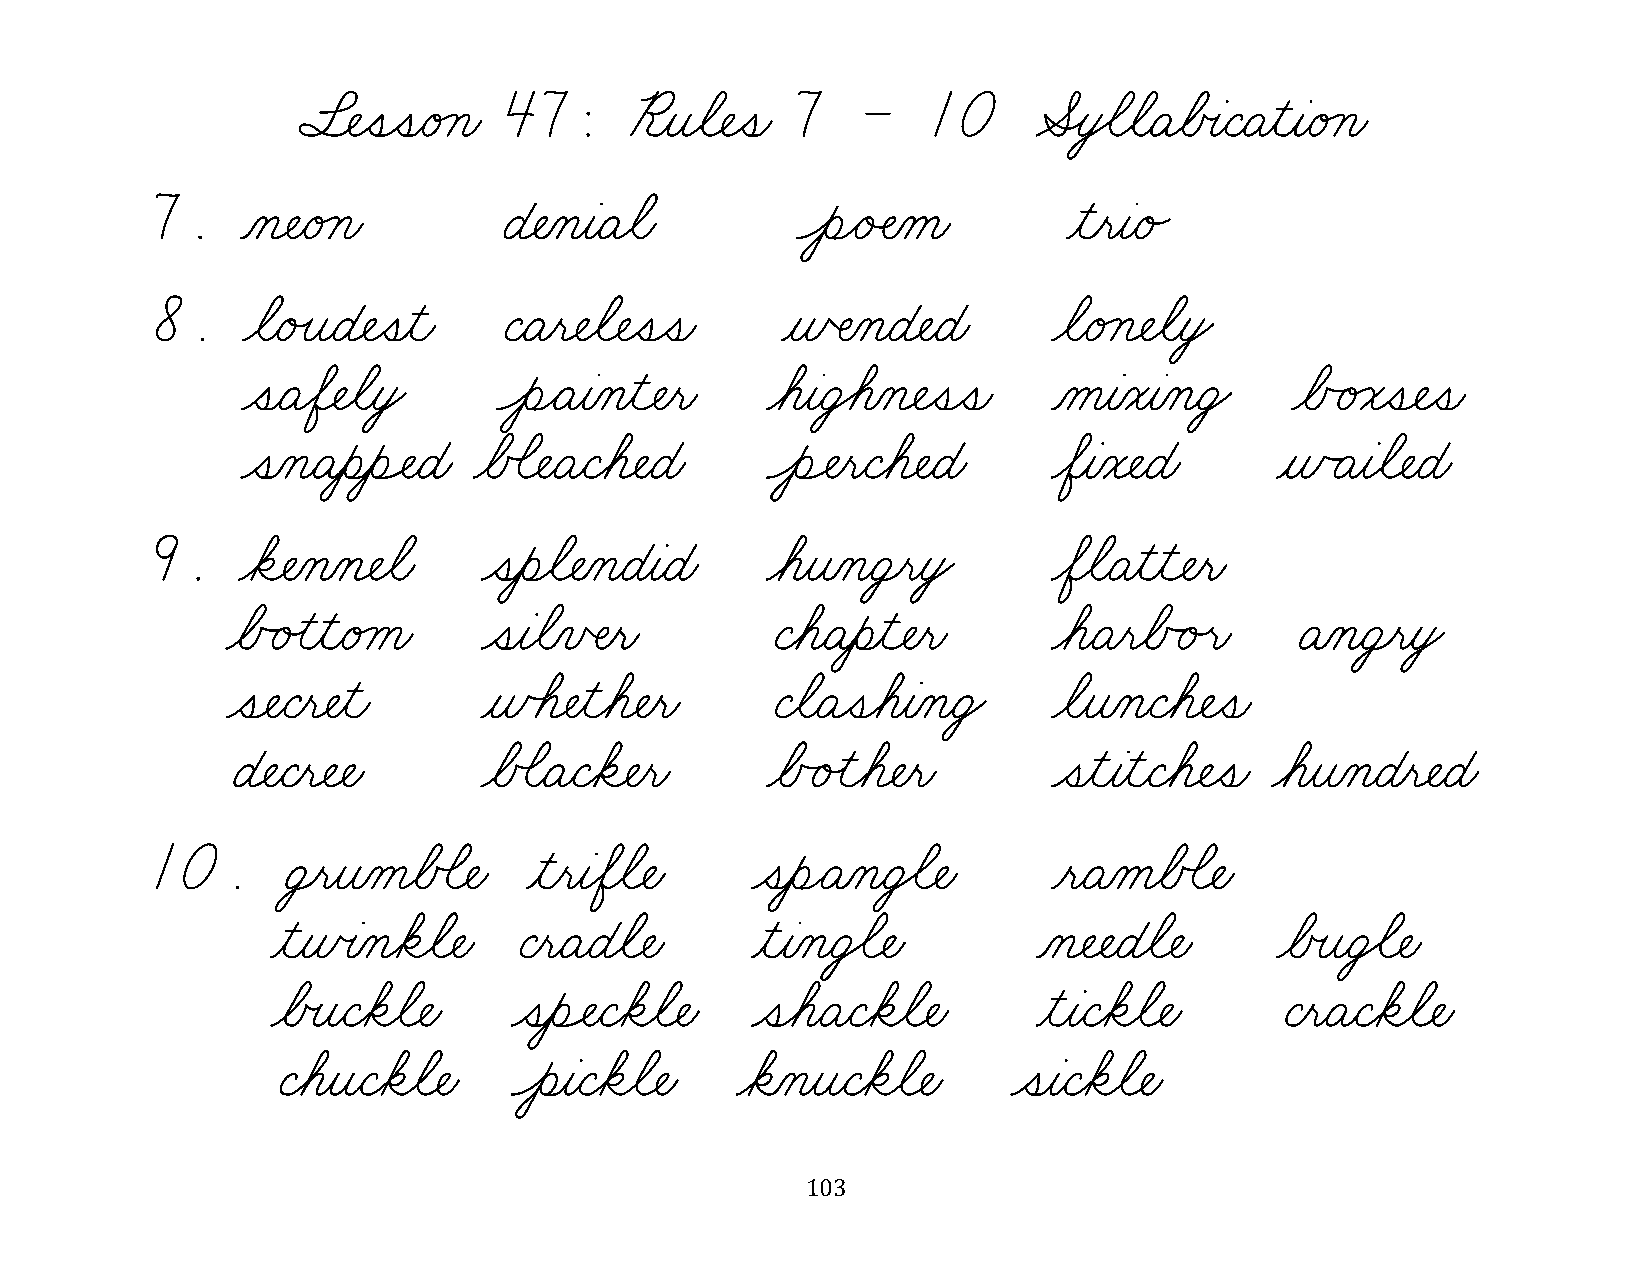
§¬ÑˆíˆíæéÁçæ 47:      ¨ƒîøã¬Ñˆíæ 7   –    10    ÆÎò€ãøãæÄøÅœàæÇæÄƒìƒàæéÁçæ
 7.    Àç¬ÑæéÁçæ        É¬ÑÀçƒàæÄøãæ        ÔèÌéÂÑÀåæ         ƒìƒëƒàæé„
 8.    øãæéÙîæÉ¬Ñˆíƒìæ  ÇæÄƒë¬Ñøã¬Ñˆíˆíæ   ƒñŒÑÀçæÉ¬ÑæÉæ     øãæéÁç¬ÑøãƒòŸ
 ˆíæÄøÖ¬ÑøãƒòŸ    ÔèÌÄƒàÀçƒì¬Ñƒëæ   øáƒàæÜ€áÀç¬Ñˆíˆíæ  ÀåƒàÀóƒàÀçæÜŸ  øÅÃéÁóˆí¬Ñˆíæ
 ˆíÀçæÄƒèƒèÓÑæÉæ øÅÕã¬ÑæÄæÇøá¬ÑæÉæ  ÔèÓÑƒëæÇøá¬ÑæÉæ    øÖƒàÀó¬ÑæÉæ   ƒñÃÄƒàøã¬ÑæÉæ
 9.    øä¬ÑÀçÀç¬Ñøãæ   ˆíƒèøã¬ÑÀçæÉƒàæÉæ  øáƒîÀçæÜ¸ëƒòŸ      øÖøãæÄƒìƒì¬Ñƒëæ
 øÅÃéÙìƒìæéÁåæ    ˆíƒàøãÀïŒÑƒëæ      ÇøáæÄƒèƒì¬Ñƒëæ     øáæÄƒëøÅÃéÙëæ  ÄÀçæÜ¸ëƒòŸ
 ˆí¬ÑæÇƒë¬Ñƒìæ    ƒñÕá¬Ñƒìøá¬Ñƒëæ    ÇøãæÄˆíøáƒàÀçæÜŸ   øãƒîÀçæÇøá¬Ñˆíæ
 É¬ÑæÇƒë¬Ñ¬Ñæ     øÅÕãæÄæÇøä¬Ñƒëæ    øÅÃéÙìøá¬Ñƒëæ      ˆíƒìƒàƒìæÇøá¬Ñˆíæ øáƒîÀçæÉƒë¬ÑæÉæ
 10.     Ü¸ëƒîÀåøÅÕã¬Ñæ   ƒìƒëƒàøÖøã¬Ñæ  ˆíƒèÌÄÀçæÜ€ã¬Ñæ     ƒëæÄÀåøÅÕã¬Ñæ
 ƒìƒñœàÀçøäøã¬Ñæ ÇƒëæÄæÉøã¬Ñæ    ƒìƒàÀçæÜ€ã¬Ñæ      Àç¬Ñ¬ÑæÉøã¬Ñæ  øÅœîæÜ€ã¬Ñæ
 øÅœîæÇøäøã¬Ñæ   ˆíƒèÓÑæÇøäøã¬Ñæ ˆíøáæÄæÇøäøã¬Ñæ    ƒìƒàæÇøäøã¬Ñæ  ÇƒëæÄæÇøäøã¬Ñæ
 ÇøáƒîæÇøäøã¬Ñæ  ÔèƒàæÇøäøã¬Ñæ  øäÀçƒîæÇøäøã¬Ñæ   ˆíƒàæÇøäøã¬Ñæ
 103